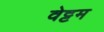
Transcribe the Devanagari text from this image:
वेट्टम